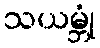
သယမ္ဘုံ